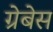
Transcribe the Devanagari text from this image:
ग्रेबेस